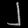
Digit: ၂